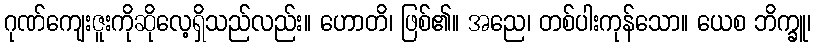
ဂုဏ်ကျေးဇူးကိုဆိုလေ့ရှိသည်လည်း။ ဟောတိ၊ ဖြစ်၏။ အညေ၊ တစ်ပါးကုန်သော။ ယေစ ဘိက္ခူ၊